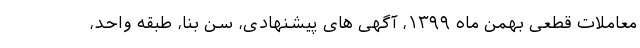
معاملات قطعی بهمن ماه ۱۳۹۹، آگهی های پیشنهادی، سن بنا، طبقه واحد،